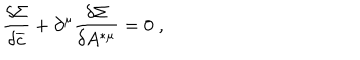
LaTeX: \frac { \delta \Sigma } { \delta \overline { { { c } } } } + \partial ^ { \mu } \frac { \delta \Sigma } { \delta A ^ { * \mu } } = 0 \; ,